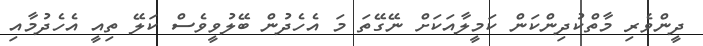
ދީންވެރި މާތްކުދިންކަން ކަމީލާއަކަށް ނޭގޭތަ މަ އެހެދުން ބޭލުވީވެސް ކަލޭ ތިއީ އެހެދުމާއި